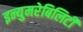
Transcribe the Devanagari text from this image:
इन्युमरेबिलिटी